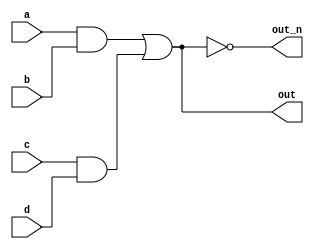
//
//
// https://hdlbits.01xz.net/wiki/Wire_decl
//
//

`default_nettype none

module top_module (
    input   a,
    input   b,
    input   c,
    input   d,
    output  out,
    output  out_n
);

    wire m;
    assign m = a & b;

    wire n;
    assign n = c & d;

    assign out = m | n;

    assign out_n = ~out;

endmodule